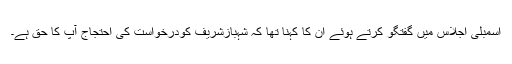
اسمبلی اجلاس میں گفتگو کرتے ہوئے ان کا کہنا تھا کہ شہبازشریف کودرخواست کی احتجاج آپ کا حق ہے۔